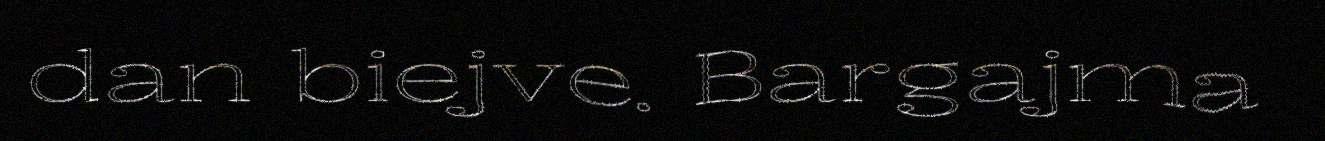
dan biejve. Bargajma